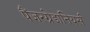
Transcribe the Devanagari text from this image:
पैंजरग्रेडानियर्स